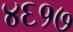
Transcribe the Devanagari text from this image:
४६१७